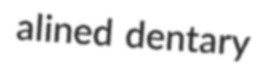
alined dentary